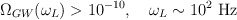
\begin{align*}\Omega_{GW}(\omega_{L}) >10^{-10},~~~\omega_{L} \sim 10^{2}~{\rm Hz}\end{align*}